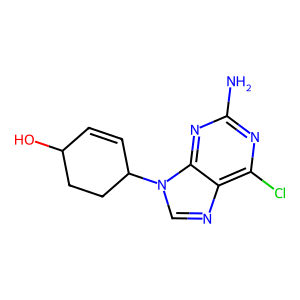
SMILES: Nc1nc(Cl)c2ncn(C3C=CC(O)CC3)c2n1
Inhibits HIV replication: No